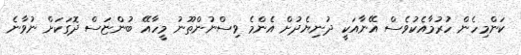
ކަންމިހެން ހުރުމާއެކުވެސް އޭނާއަކީ ދުނިޔެދުށް އެންމެ ވިސްނުންތޫނު މީހާއޭ ބުންޏަސް ދޮގަކަށް ނުވާނެ